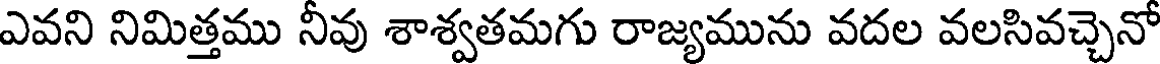
ఎవని నిమిత్తము నీవు శాశ్వతమగు రాజ్యమును వదల వలసివచ్చెనో